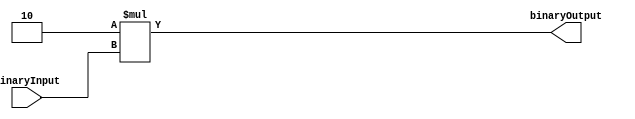
/*
    Modulo hace Shift Left Aritmetico multiplicando el input por dos 
*/

module ALUarithmeticShiftLeft(
    binaryInput,
    binaryOutput
);

    parameter N=3; //number of bits
    reg[N:0] binaryTwo= 2;

    //Ports
    input[N:0] binaryInput;
    output[N:0] binaryOutput;

    assign binaryOutput = binaryTwo*binaryInput;

endmodule